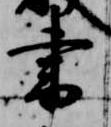
書